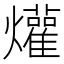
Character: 爟